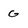
Character: G